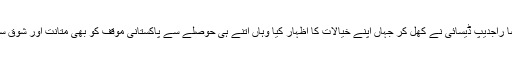
خصوصاٰ راجدیپ ڈیسائی نے کھل کر جہاں اپنے خیالات کا اظہار کیا وہاں اتنے ہی حوصلے سے پاکستانی موقف کو بھی متانت اور شوق سے سنا ۔